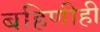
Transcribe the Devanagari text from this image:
बहिणीही